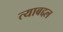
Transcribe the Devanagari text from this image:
त्‍याबद्दल